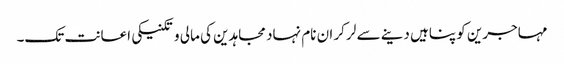
مہاجرین کو پناہیں دینے سے لر کر ان نام نہاد مجاہدین کی مالی و تکنیکی اعانت تک۔